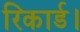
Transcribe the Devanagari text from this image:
रिकार्ड।